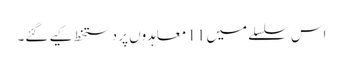
اس سلسلے میں 11 معاہدوں پر دستخط کیے گئے۔